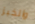
والخبز